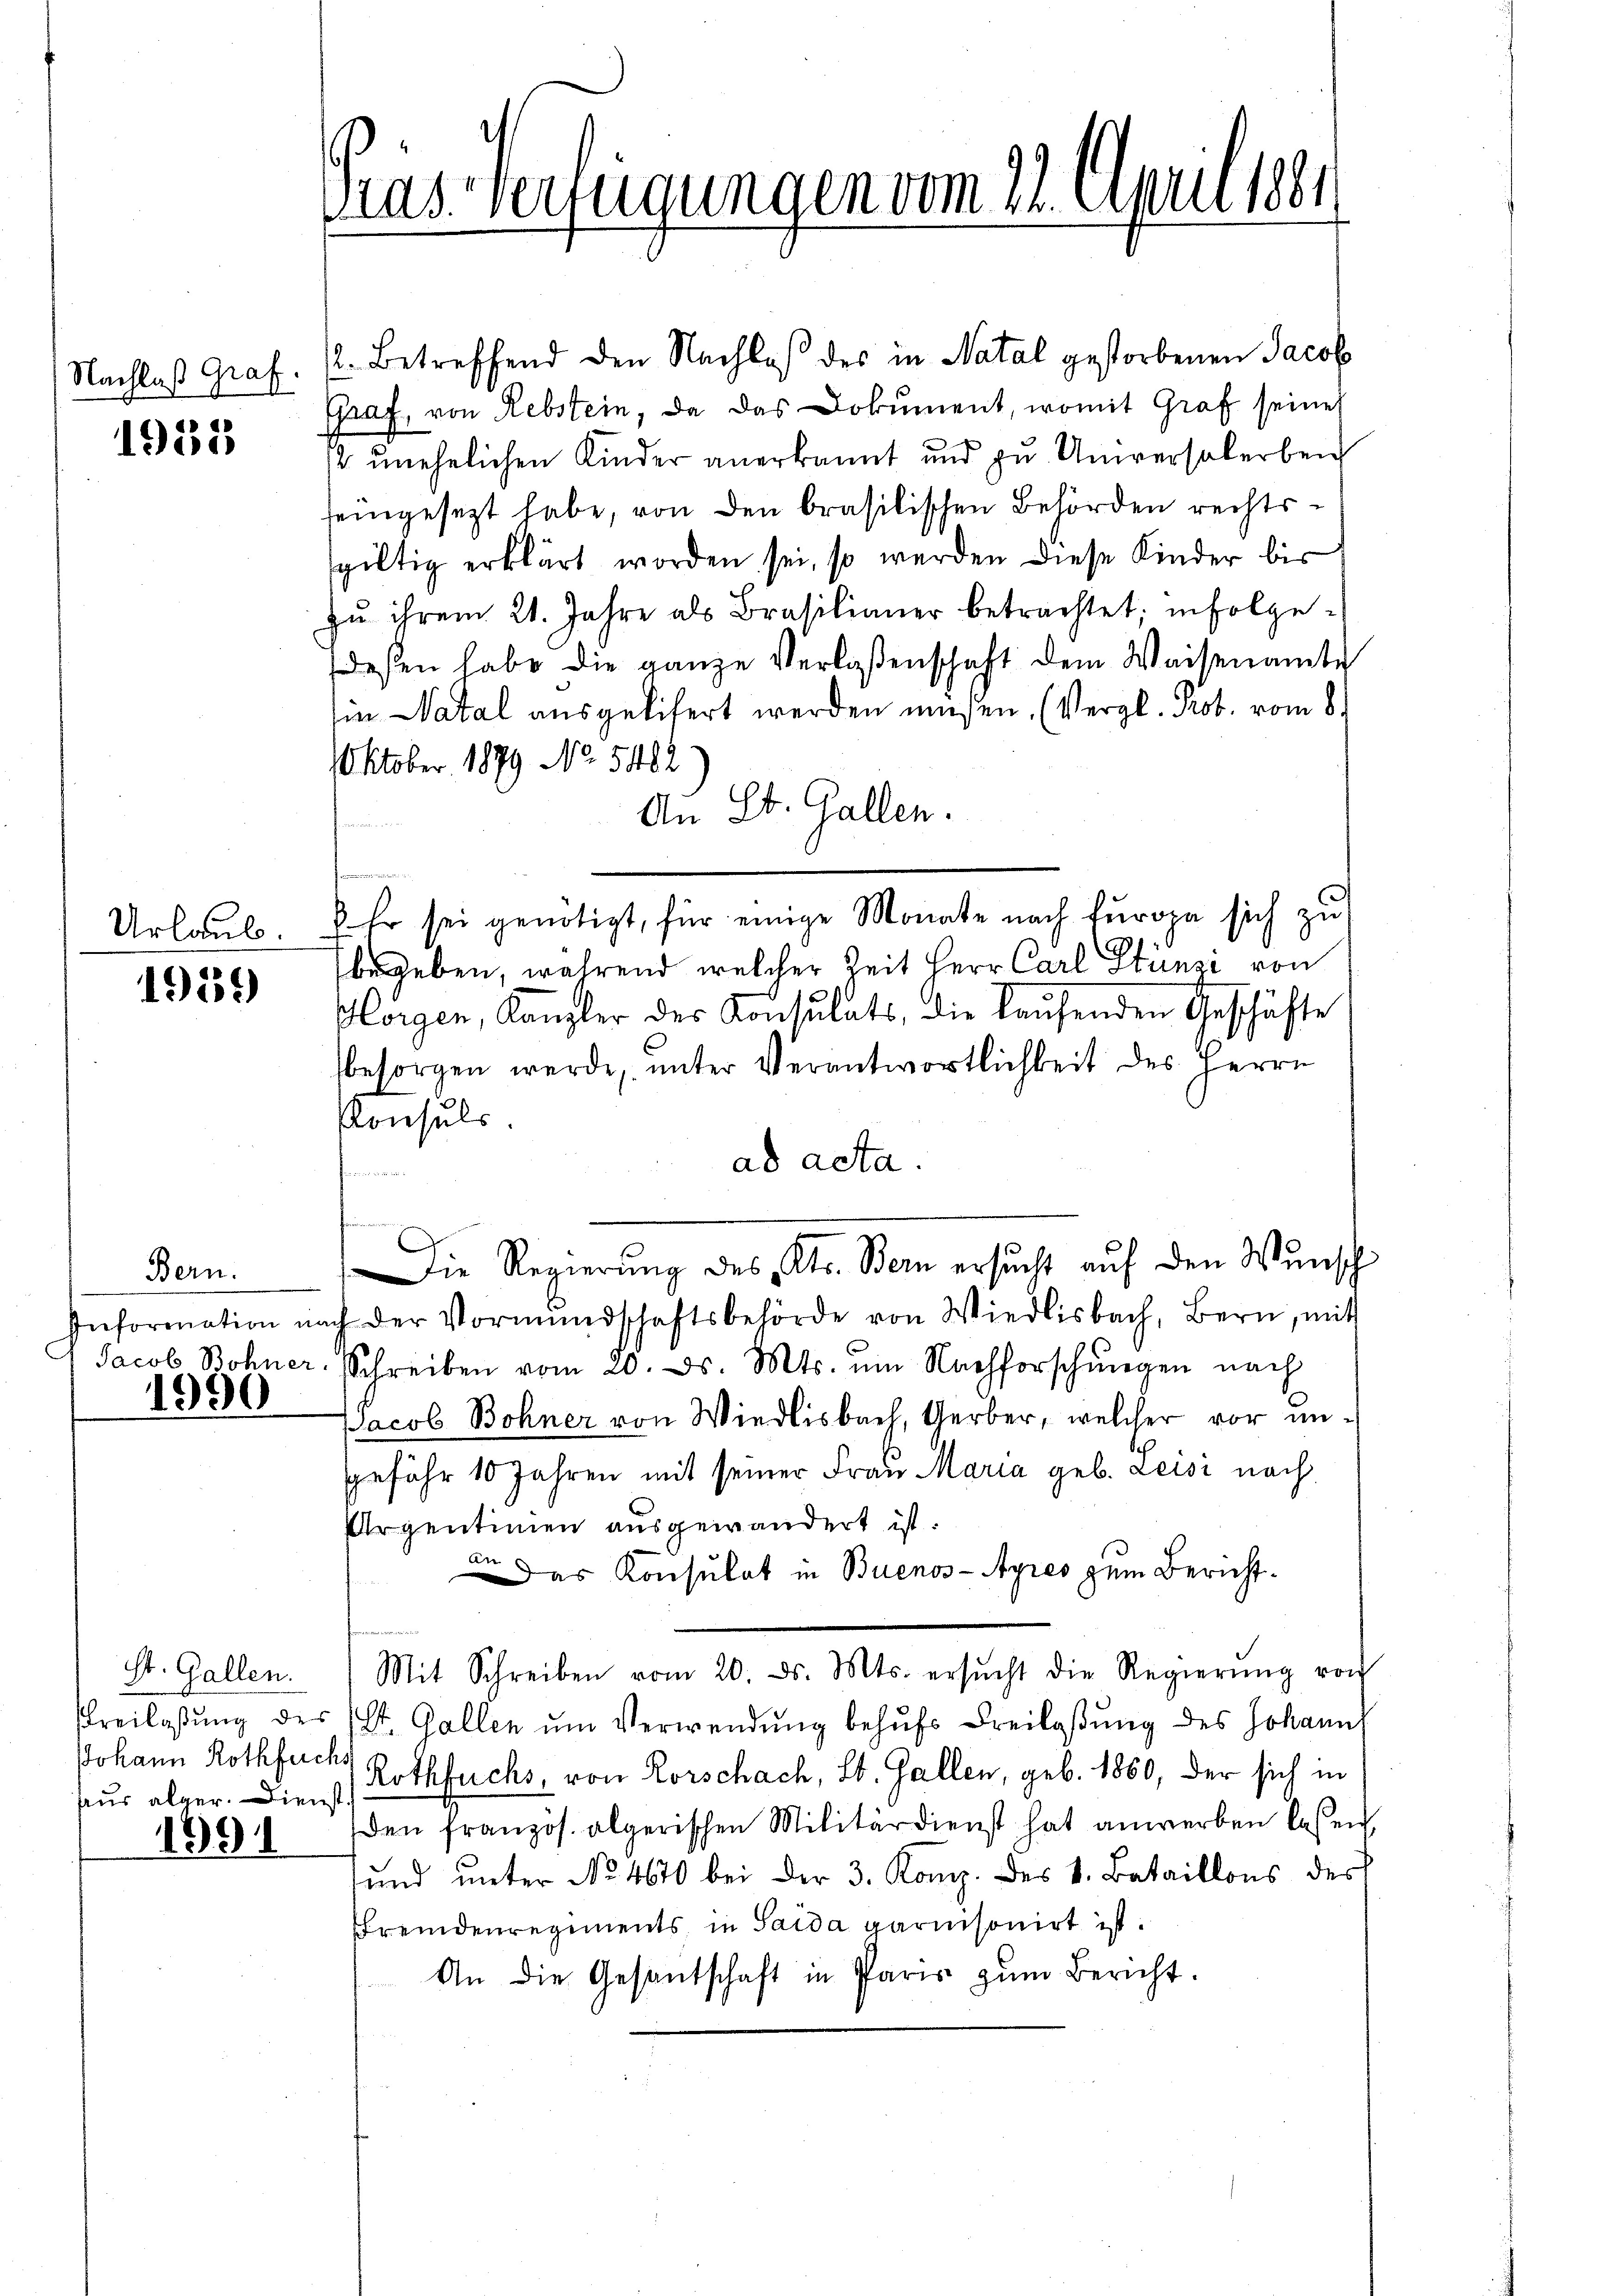
Nachlaß Graf.

1933

Urlaub.

1939

Bern.
1990

Johann Rothfuchs
aus alger. Dienst

1991

ras Verfügungen vom 21. April 1881

2. Betreffend den Nachlaβ des in Natal gestorbenen Jacob
Graf, von Rebstein, da das Dokument, womit Graf seine
2 unehelichen Kinder anerkannt und zu Universalerbei
seingesezt habe, von den brasilischen Behörden rechtssgültig erklärt worden sei, so werden diese Kinder bis
zu ihrem 21. Jahre als Brasilianer betrachtet; infolge-
esen habe die ganze Verlassenschaft dem Waisenamte
in Natal ausgelisert werden müssen. (Vergl. Prob. vom 8.
Oktober 1879 No 5482
An St. Gallen.
r
 Er sei genötigt, für einige Monate nach furopa sich zu
1
begeben, während welcher Zeit Herr Carl Stünzi von
lorgen, Kanzler des Konsulats, die laufenden Geschäfte
sbesorgen werde, unter Verantwortlichkeit des Herrn
Konsuls.
ad acta.
Die Regierŭng des Dr. Bern ersucht aŭf den Wunsch
Information nach der Vormŭndschaftsbehörde von Wiedlisbach, Bern, mit
Jacob Bohner, Schreiben vom 20. ds. Mts. um Nachforschŭngen nach
Jacob Bohner von Wiedlisbach, Gerber, welcher vor ungefähr 10 Jahren mit seiner Frau Maria geb. Leisi nach
Argentimen ausgewandert ist.
 Das Konsulat in Buenos-Ayres zum Bericht¬
St. Gallen. (Mit Schreiben vom 20. ds. Mts. ersŭcht die Regierŭng von
Freilassŭng des St. Gallen ŭm Verwendung behufs Freilassung des Johann
Rothfuchs, von Rorschach, St. Gallen, geb. 1860, der sich in
den französ. algerischen Militärdienst hat anwerben lassen
ŭnd ŭnter No 4670 bei der 3. Komp. des v. Bataillons des
Fremdenregiments in Saida garnisoniert ist.
An die Gesandschaft in Paris zŭm Bericht.